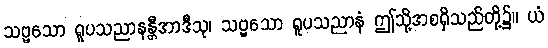
သဗ္ဗသော ရူပသညာနန္တီအာဒီသု၊ သဗ္ဗသော ရူပသညာနံ ဤသို့အစရှိသည်တို့၌။ ယံ